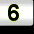
Digit: 6